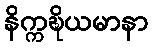
နိက္ကဍ္ဎိယမာနာ